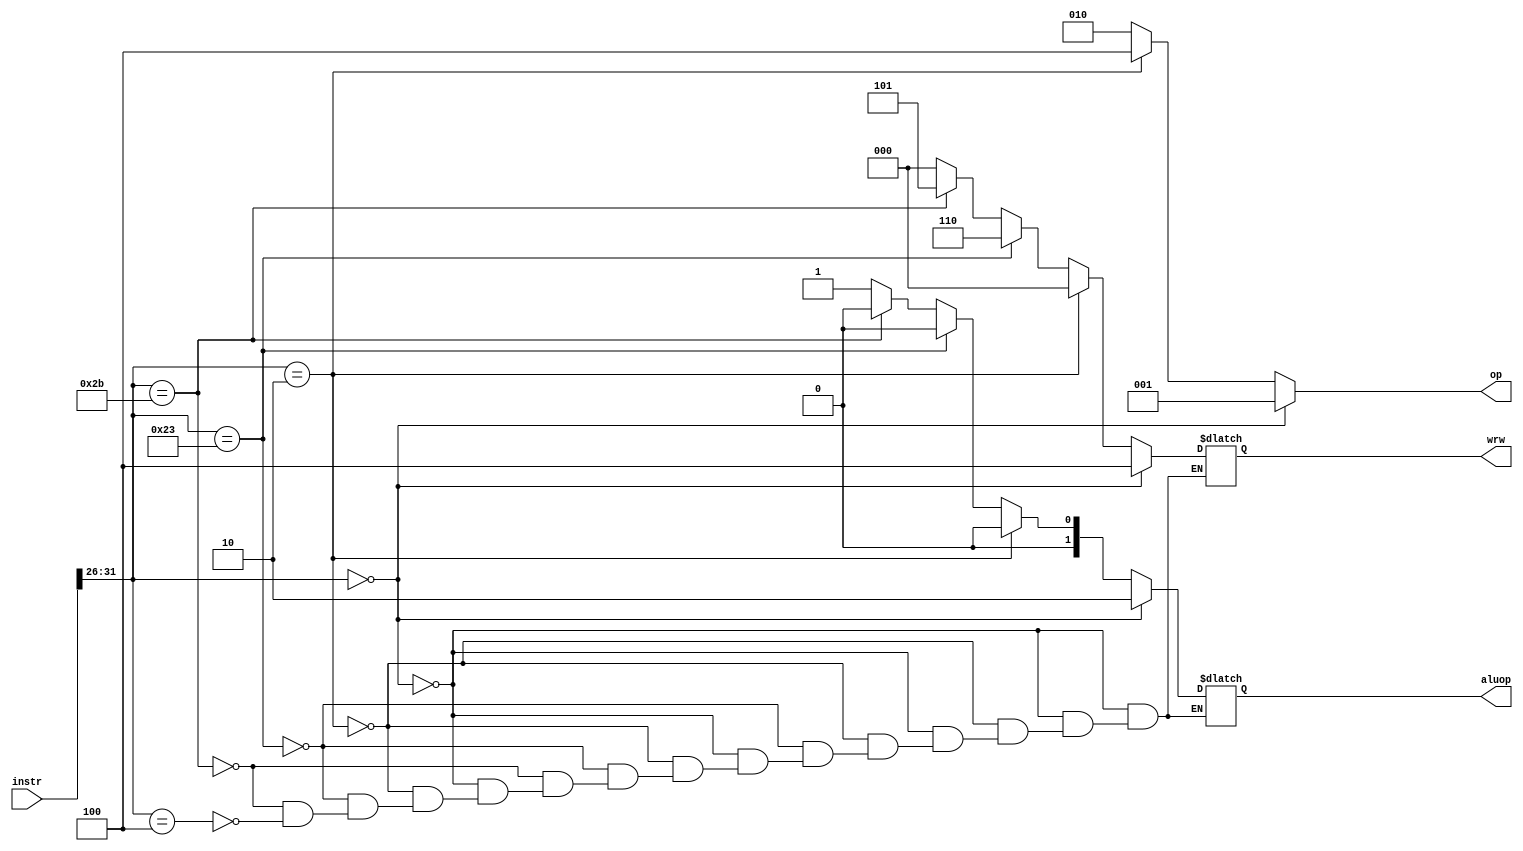
module evaluation(instr,op,aluop,wrw);
input[31:0]instr;
output reg[2:0]op;
output reg[2:0]wrw;
output reg[1:0]aluop;

 always @(instr)
    begin
        if(instr[31:26]==0)
        begin
            op=3'b001;
      wrw=3'b100;
            aluop=2'b10;
        end
        else if(instr[31:26]==2)
        begin
            op=3'b100;
      wrw=3'b000;
            aluop=2'b00;
        end
        else
        begin
            op=3'b010;
            if(instr[31:26]==35)
            begin
      wrw=3'b110;
            aluop=2'b00;
            end
            else if(instr[31:26]==43)
            begin
      wrw=3'b101;
            aluop=2'b00;
            end
            else if(instr[31:26]==4)
            begin
      wrw=3'b000;
            aluop=2'b01;
            end
        end
    end
endmodule